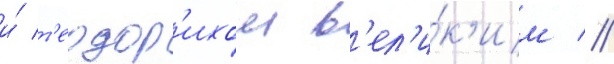
и́ т'еодор'ихом в'ел'и́к'им //